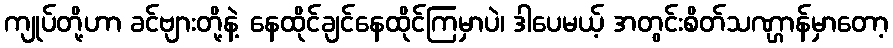
ကျုပ်တို့ဟာ ခင်ဗျားတို့နဲ့ နေထိုင်ချင်နေထိုင်ကြမှာပဲ၊ ဒါပေမယ့် အတွင်းစိတ်သဏ္ဌာန်မှာတော့